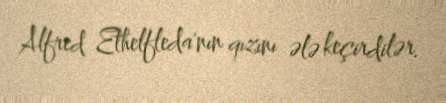
Alfred Ethelfleda'nın qızını ələ keçirdilər.